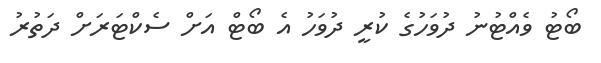
ބޯޓު ވެއްޓުނު ދުވަހުގެ ކުރީ ދުވަހު އެ ބޯޓް އަށް ސެކްޓަރަށް ދަތުރު